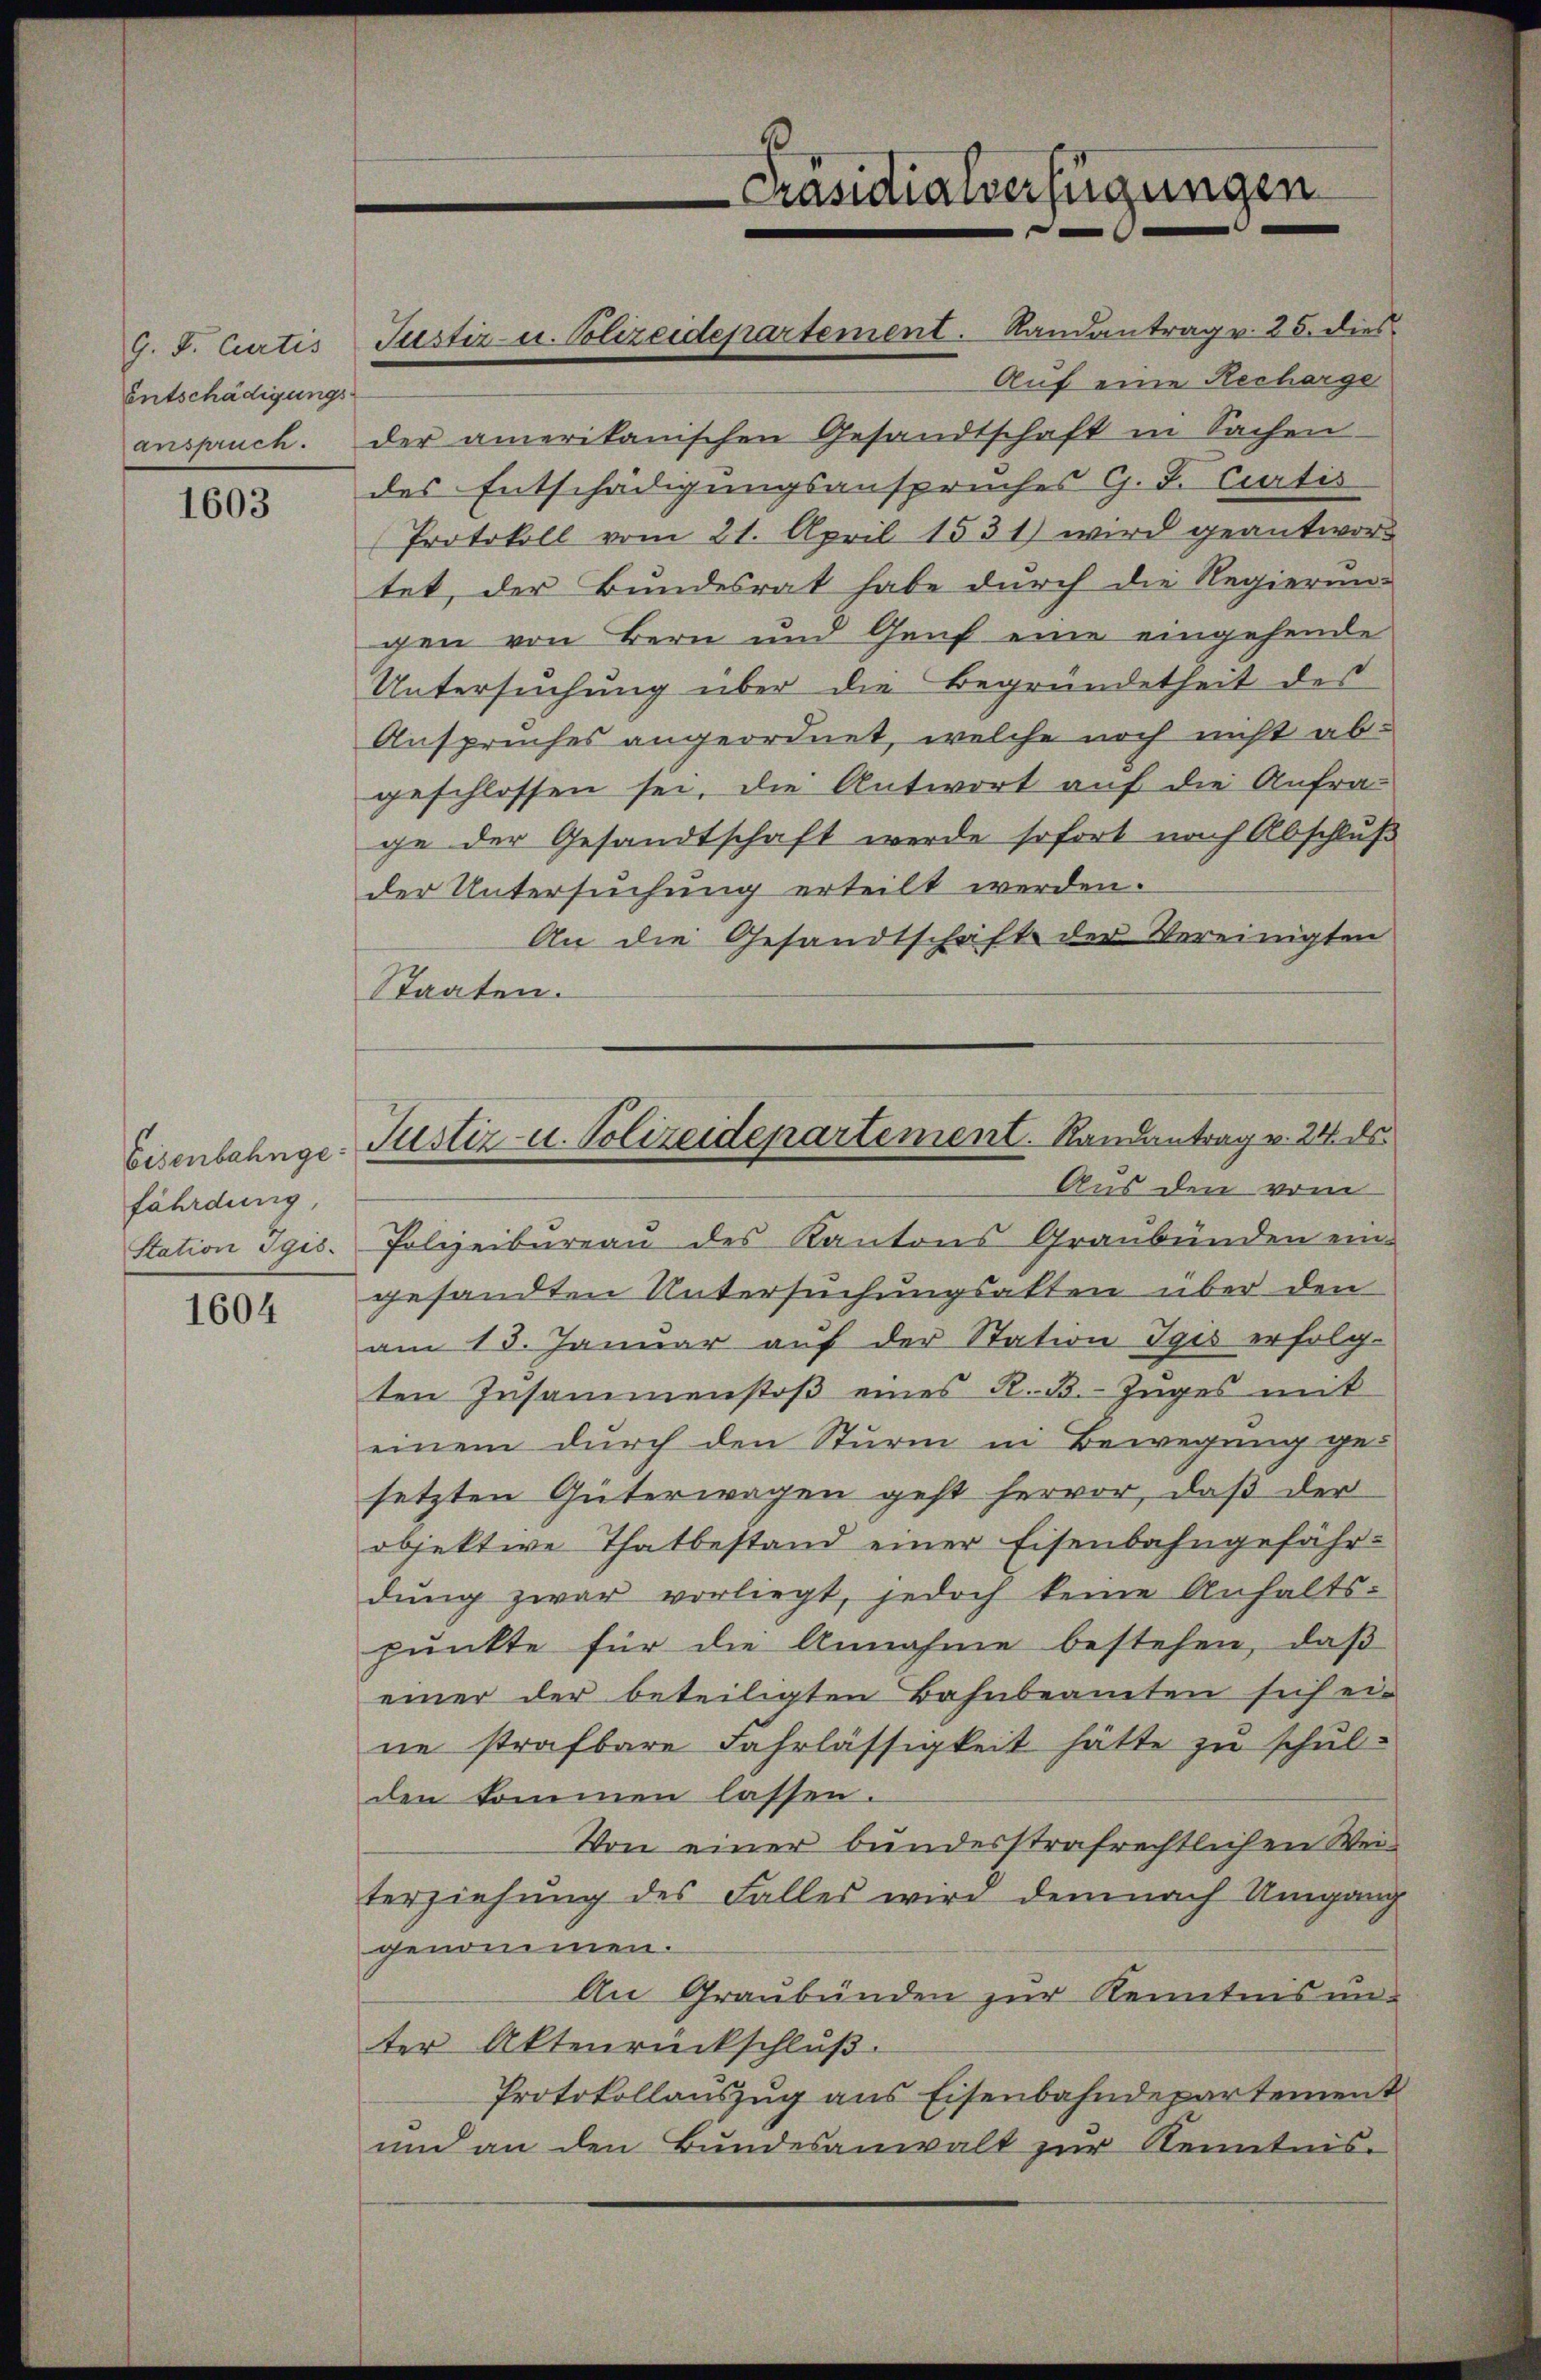
G. P. Curtis
Entschädigungsanspruch.

1603

Eisenbahnge
fährdung
Station Sgis.

1604

Justiz- u. Blizeidepartement. Randantrag v. 25. dies

Präsidialverfügungen

Justiz- u. Polizeidepartement. Randantrag v. 24. ds.

Auf eine Recharge
der amerikanischen Gesandtschaft in Sachen
des Entschädigungsanspruches G. T. Curtis
Protokoll vom 21. April 1531) wird geantwort
tet, der Bundesrat habe durch die Regierun-
gen von Bern und Genf eine eingehende
Untersuchung über die Begründetheit des
Anspruches angeordnet, welche noch nicht abgeschlossen sei, die Antwort auf die Anfrage der Gesandtschaft werde sofort nach Abschluß
der Untersuchung erteilt werden.
An die Gesandtschaft der Vereinigten
Staaten.
Aus den vom
Polizeibureau des Kantons Graubünden eingesandten Untersuchungsakten über den
am 13. Januar auf der Station Igis erfolg-
ten Zusammenstoß eines K. B. Zuges mit
einem durch den Sturm in Bewegung ge-
setzten Güterwagen geht hervor, daß der
objektive Thatbestand einer Eisenbahngefährdung zwar vorliegt, jedoch keine Anhalts-
punkte für die Annahme bestehen, daß
einer der beteiligten Bahnbeamten sich ei-
ne strafbare Fahrlässigkeit hätte zu schulden kommen lassen.
Von einer bundesstrafrechtlichen Weiterziehung des Falles wird demnach Umgang
genommen.
An Graubünden zur Kenntnis un-
ter Aktenrückschluß.
Protokollauszug aus Eisenbahndepartement
und an den Bundesanwalt zur Kenntnis-